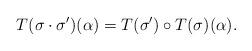
LaTeX: \begin{align*}T(\sigma \cdot \sigma')(\alpha) = T(\sigma')\circ T(\sigma)(\alpha).\end{align*}